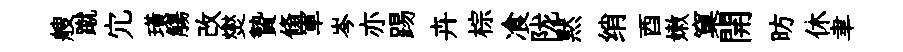
艘蹴宂璜觴改爕贄翛軍岑亦踢卉棕飡陇黙绡酉嫩窠開昉休聿